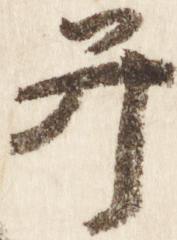
弁